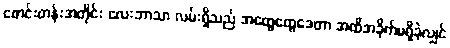
စောင်းတန်းအတိုင်း လေးဘာသာ လမ်းရှိသည် အထွေထွေဒေတာ အထိအခိုက်မရှိခဲ့လျှင်